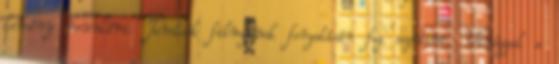
kemény munkára: Tamásék filmjének forgatásán fog segíteni. Virággal a